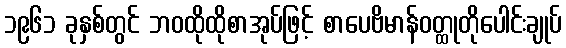
၁၉၆၁ ခုနှစ်တွင် ဘဝထိုထိုစာအုပ်ဖြင့် စာပေဗိမာန်ဝတ္ထုတိုပေါင်းချုပ်